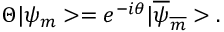
\Theta | { \psi } _ { m } > = e ^ { - i \theta } | { \overline { { { \psi } } } } _ { \overline { { { m } } } } > .